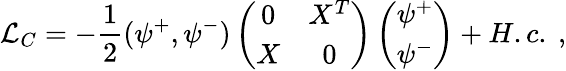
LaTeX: {\cal L}_{C}=-\frac{1}{2}(\psi^{+},\psi^{-})\left(\begin{array}{cc}{{0}}&{{X^{T}}}\\ {{X}}&{{0}}\end{array}\right)\left(\begin{array}{c}{{\psi^{+}}}\\ {{\psi^{-}}}\end{array}\right)+H.c.\ ,